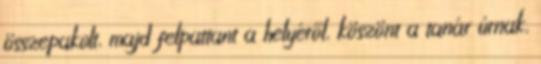
összepakolt, majd felpattant a helyéről, köszönt a tanár úrnak,